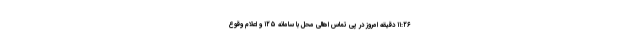
۱۱:۲۶ دقیقه امروز در پی تماس اهالی محل با سامانه ۱۲۵ و اعلام وقوع